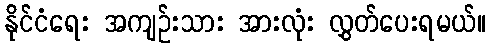
နိုင်ငံရေး အကျဉ်းသား အားလုံး လွှတ်ပေးရမယ်။